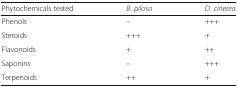
<table><thead><tr><td><b>Phytochemicals tested</b></td><td><b><i>B. pilosa</i></b></td><td><b><i>D. cinerea</i></b></td></tr></thead><tbody><tr><td>Phenols</td><td>–</td><td>+++</td></tr><tr><td>Steroids</td><td>+++</td><td>+</td></tr><tr><td>Flavonoids</td><td>+</td><td>++</td></tr><tr><td>Saponins</td><td>–</td><td>+++</td></tr><tr><td>Terpenoids</td><td>++</td><td>+</td></tr></tbody></table>